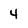
Character: 4